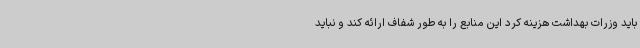
باید وزرات بهداشت هزینه کرد این منابع را به طور شفاف ارائه کند و نباید